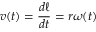
v ( t ) = { \frac { d \ell } { d t } } = r \omega ( t )